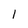
Character: 1